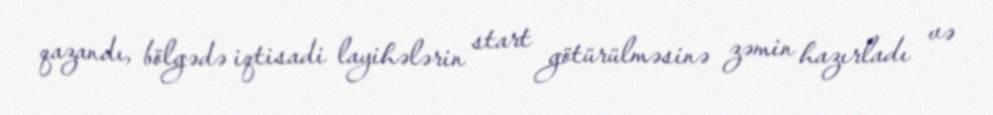
qazandı, bölgədə iqtisadi layihələrin start götürülməsinə zəmin hazırladı və